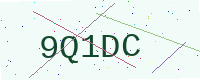
Text: 9Q1DC